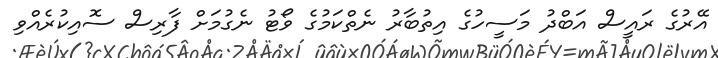
އޭރުގެ ރައީސް އަބްދު މަސީހުގެ އިތުބާރު ނެތްކަމުގެ ވޯޓު ނެގުމަށް ފާރިސް ސޮއިކުރެއްވި